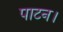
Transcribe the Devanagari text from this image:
पाटन।